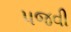
પજવી